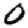
Digit: 0